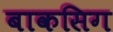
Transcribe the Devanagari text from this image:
बाकसिग